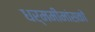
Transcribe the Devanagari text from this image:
धर्ममीमांसकों